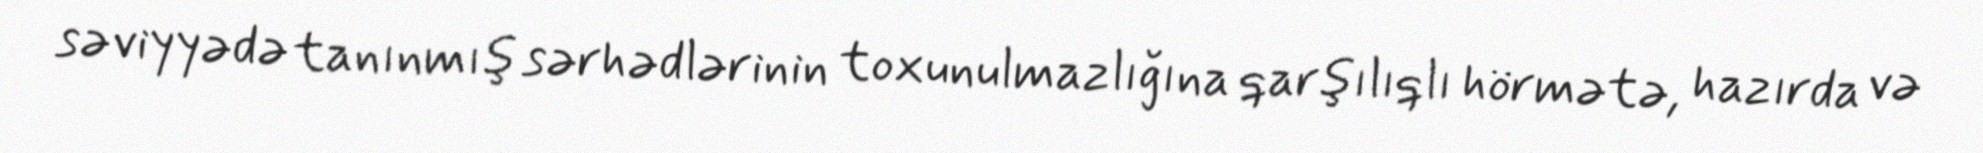
səviyyədə tanınmış sərhədlərinin toxunulmazlığına qarşılıqlı hörmətə, hazırda və